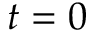
t = 0